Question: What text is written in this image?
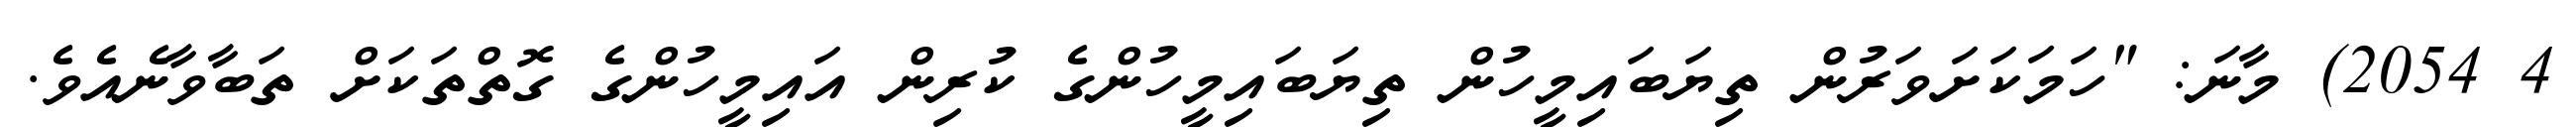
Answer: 4 2054) މާނަ: "ހަމަކަށަވަރުން ތިޔަބައިމީހުން ތިޔަބައިމީހުންގެ ކުރިން އައިމީހުންގެ ގޮތްތަކަށް ތަބާވާނެއެވެ.